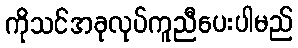
ကိုသင်အခုလုပ်ကူညီပေးပါမည်